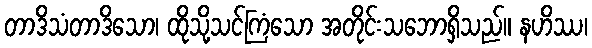
တာဒိသံတာဒိသော၊ ထိုသို့သင်ကြံသော အတိုင်းသဘောရှိသည်။ နဟိဿ၊